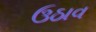
ઉઠાવ